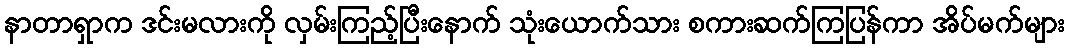
နာတာရှာက ဒင်းမလားကို လှမ်းကြည့်ပြီးနောက် သုံးယောက်သား စကားဆက်ကြပြန်ကာ အိပ်မက်များ